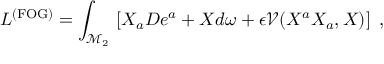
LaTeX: L ^ { \mathrm { ( F O G ) } } = \int _ { \mathcal { M } _ { 2 } } \, \left[ X _ { a } D e ^ { a } + X d \omega + \epsilon \mathcal { V } ( X ^ { a } X _ { a } , X ) \right] \; ,